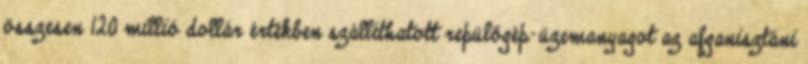
összesen 120 millió dollár értékben szállíthatott repülőgép-üzemanyagot az afganisztáni